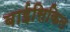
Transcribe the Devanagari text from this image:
बाईसिकिल